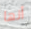
أنها